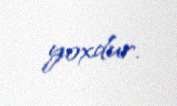
yoxdur.